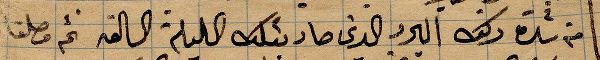
من شدة ... البرد الذي صار ...الليلة السابقة ثم وصلنا